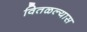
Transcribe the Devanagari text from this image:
वितळल्यास